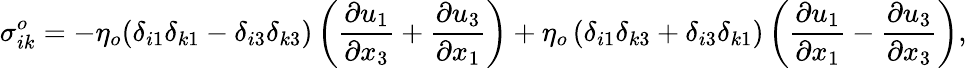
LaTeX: \sigma_{ik}^{o}=-\eta_{o}(\delta_{i1}\delta_{k1}-\delta_{i3}\delta_{k3})\left(\frac{\partial u_{1}}{\partial x_{3}}+\frac{\partial u_{3}}{\partial x_{1}}\right)+\eta_{o}\left(\delta_{i1}\delta_{k3}+\delta_{i3}\delta_{k1}\right)\left(\frac{\partial u_{1}}{\partial x_{1}}-\frac{\partial u_{3}}{\partial x_{3}}\right),